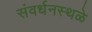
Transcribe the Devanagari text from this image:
संवर्धनस्थळे